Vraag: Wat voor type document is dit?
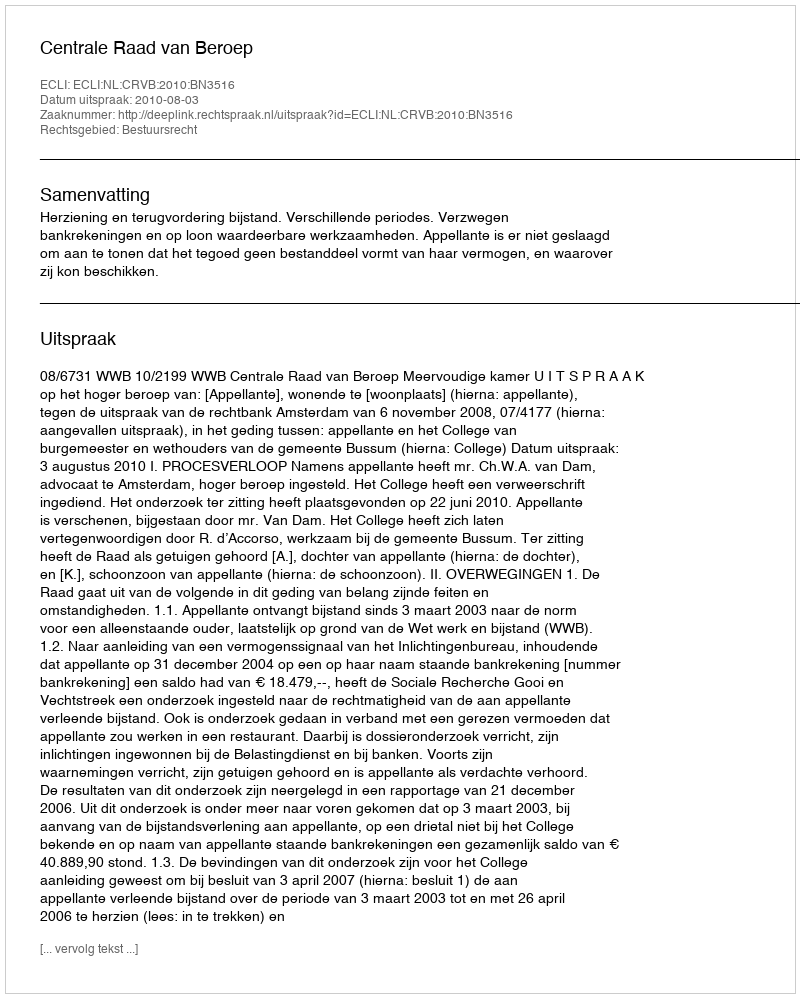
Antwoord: Uitspraak